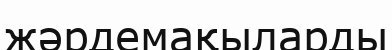
жәрдемақыларды